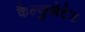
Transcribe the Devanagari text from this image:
कैल्कुलेटेड